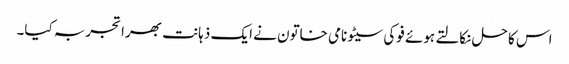
اس کا حل نکالتے ہوئے فوکی سیٹو نامی خاتون نے ایک ذہانت بھرا تجربہ کیا۔